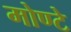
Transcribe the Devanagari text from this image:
मोण्टे